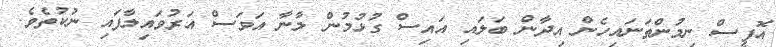
އޮފީސް ނިމުންތަނައިހެން އިދާން ބަލައި އައިސް ގުޅުމުން ލާނާ އަވަސް އަރުވައިލާފައި ނުކުތެވެ.